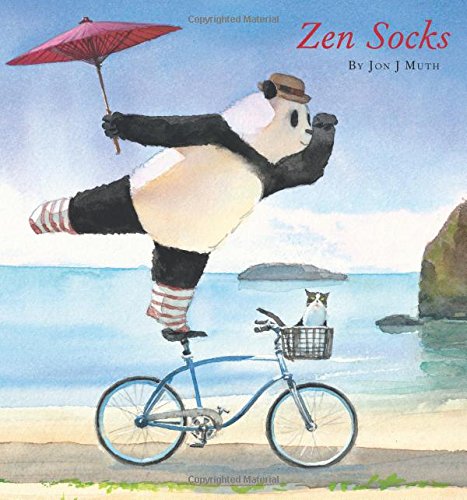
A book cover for Zen Socks; Jon J Muth; Children's Books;